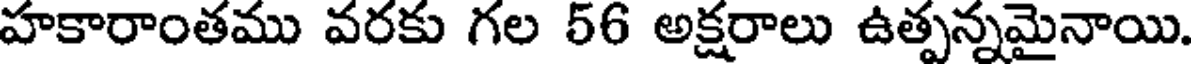
హకారాంతము వరకు గల 56 అక్షరాలు ఉత్పన్నమైనాయి.